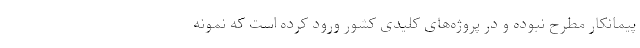
پیمانکار مطرح نبوده و در پروژه‌های کلیدی کشور ورود کرده است که نمونه